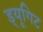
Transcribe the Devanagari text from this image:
ड्यूगिट